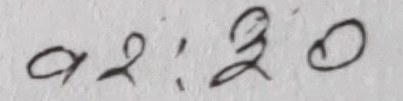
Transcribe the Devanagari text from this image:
९२:२०